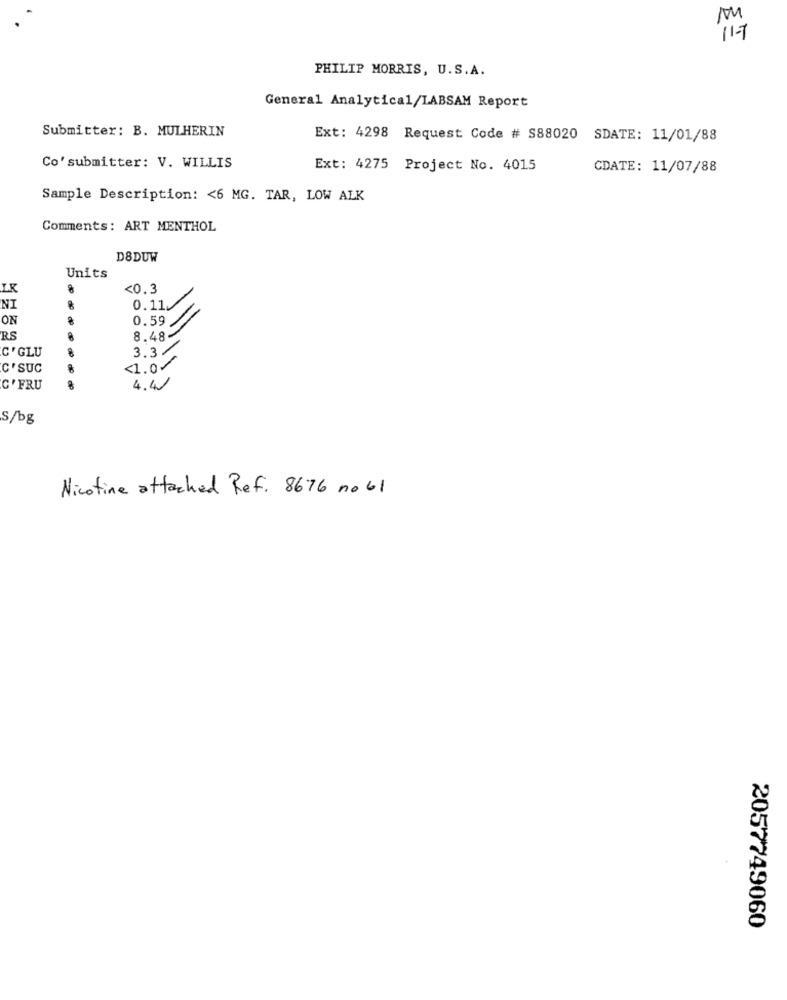
11 -7
PHILIP MORRIS, U.S.A.
General Analytical/LABSAM Report
Submitter: B. MULHERIN
Ext: 4298 Request Code # S88020 SDATE: 11/01/88
Co' submitter: V. WILLIS
Ext: 4275 Project No. 4015
CDATE: 11/07/88
Sample Description: < 6 MG. TAR, LOW ALK
Comments: ART MENTHOL
D8DUW
Units
LR
<0.3
NI
0.11
ON
0.59
RS
8.48
C' GLU
3.3/
<1.0
C'SUC
C' FRU
4.4/
S/bg
Nicotine attached Ref. 8676 no 61
2057749060